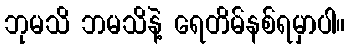
ဘုမသိ ဘမသိနဲ့ ရေတိမ်နစ်ရမှာပါ။